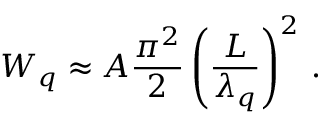
W _ { q } \approx A \frac { \pi ^ { 2 } } { 2 } \left( \frac { L } { \lambda _ { q } } \right) ^ { 2 } \, .